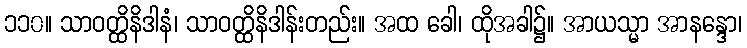
၁၁၀။ သာဝတ္ထိနိဒါနံ၊ သာဝတ္ထိနိဒါန်းတည်း။ အထ ခေါ၊ ထိုအခါ၌။ အာယသ္မာ အာနန္ဒော၊